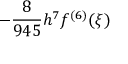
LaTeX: - { \frac { 8 } { 9 4 5 } } h ^ { 7 } f ^ { ( 6 ) } ( \xi )